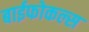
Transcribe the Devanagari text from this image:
बाईफोकल्स